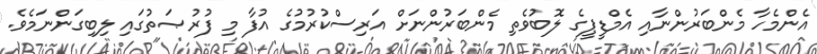
އެންމެހާ މެންބަރުންނާއި އެމްޑީޕީގެ ލޮބުވެތި މެންބަރުންނަށް އަރިސްކުރުމުގެ އުފާ މި ފުރުޞަތުގައި ލިބިގަންނަމެވެ.